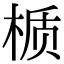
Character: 𬃊